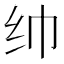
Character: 𱺒